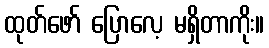
ထုတ်ဖော် ပြောလေ့ မရှိတာကိုး။